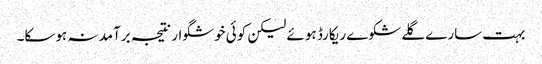
بہت سارے گلے شکوے ریکارڈ ہوئے لیکن کوئی خوشگوار نتیجہ برآمد نہ ہوسکا۔